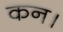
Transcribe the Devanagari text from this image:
कन।